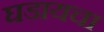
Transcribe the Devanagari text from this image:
घडायचा